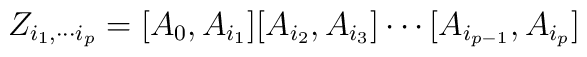
Z_{i_1,\cdots i_p} = [A_0,A_{i_1}][A_{i_2},A_{i_3}]\cdots[A_{i_{p-1}},A_{i_p}]